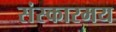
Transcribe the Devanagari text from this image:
संस्कारमय